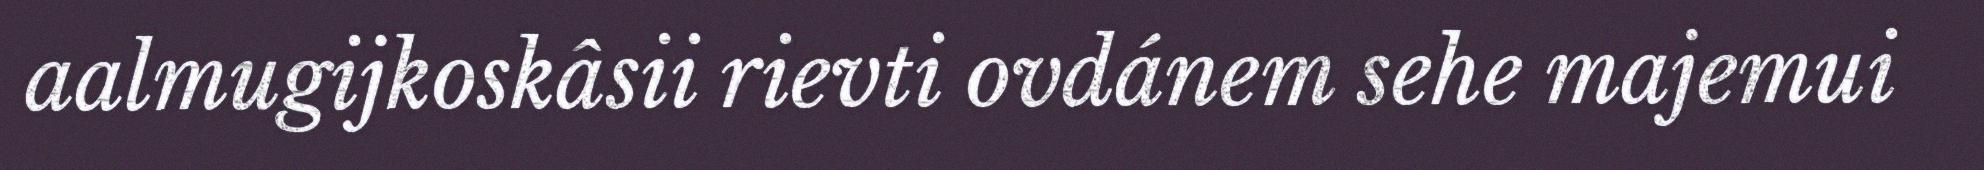
aalmugijkoskâsii rievti ovdánem sehe majemui